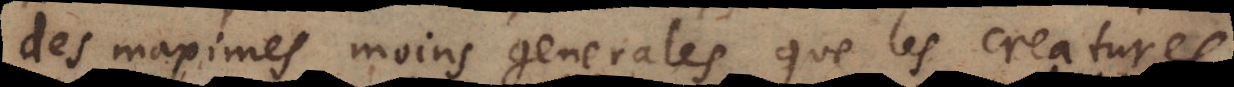
des maximes moins generales que les creatures